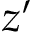
z ^ { \prime }